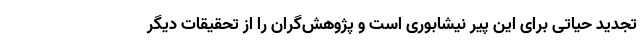
تجدید حیاتی برای این پیر نیشابوری است و پژوهش‌گران را از تحقیقات دیگر